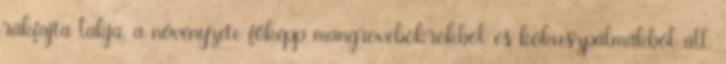
rákfajta lakja, a növényzete főképp mangrovebokrokból és kókuszpálmákból áll.